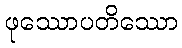
ဖုဿောပတိဿော